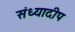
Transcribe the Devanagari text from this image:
संध्यादीप